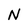
Character: N